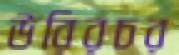
উরিরচর